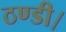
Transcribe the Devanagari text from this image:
ठण्डी।